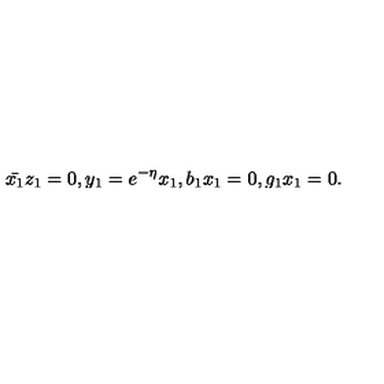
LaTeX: \bar { x _ { 1 } } z _ { 1 } = 0 , y _ { 1 } = e ^ { - \eta } x _ { 1 } , b _ { 1 } x _ { 1 } = 0 , g _ { 1 } x _ { 1 } = 0 .